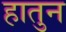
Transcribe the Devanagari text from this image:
हातुन